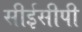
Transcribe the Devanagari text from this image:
सीईसीपी